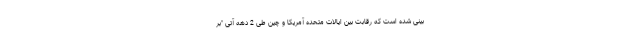
بینی شده است که رقابت بین ایالات متحده آمریکا و چین طی 2 دهه آتی "بر